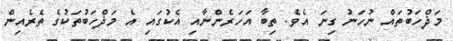
މަޛްހަބުތައް ނުހަނު ގިނަ އެވެ. ތިބާ އަހަރެންނާއި އެކުގައި އެ މަޛްހަބުތަކުގެ ތެރެއިން